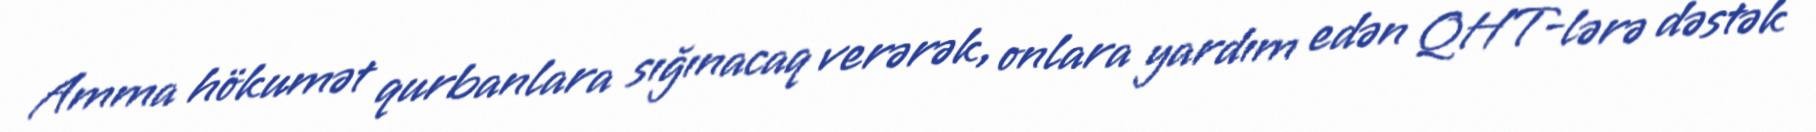
Amma hökumət qurbanlara sığınacaq verərək, onlara yardım edən QHT-lərə dəstək